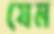
যেম